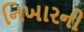
નિખારની